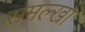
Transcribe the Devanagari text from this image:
समल्खा